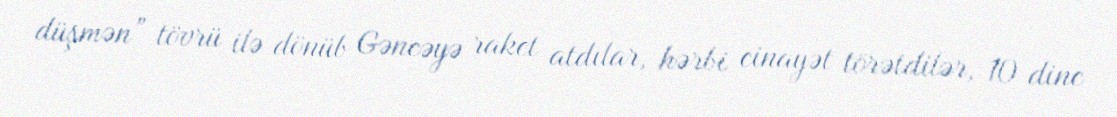
düşmən” tövrü ilə dönüb Gəncəyə raket atdılar, hərbi cinayət törətdilər, 10 dinc